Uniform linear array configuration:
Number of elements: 32
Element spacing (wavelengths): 0.25
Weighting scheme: hamming
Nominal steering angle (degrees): -30
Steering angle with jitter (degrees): -29.515
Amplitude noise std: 0.05
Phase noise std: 0.05

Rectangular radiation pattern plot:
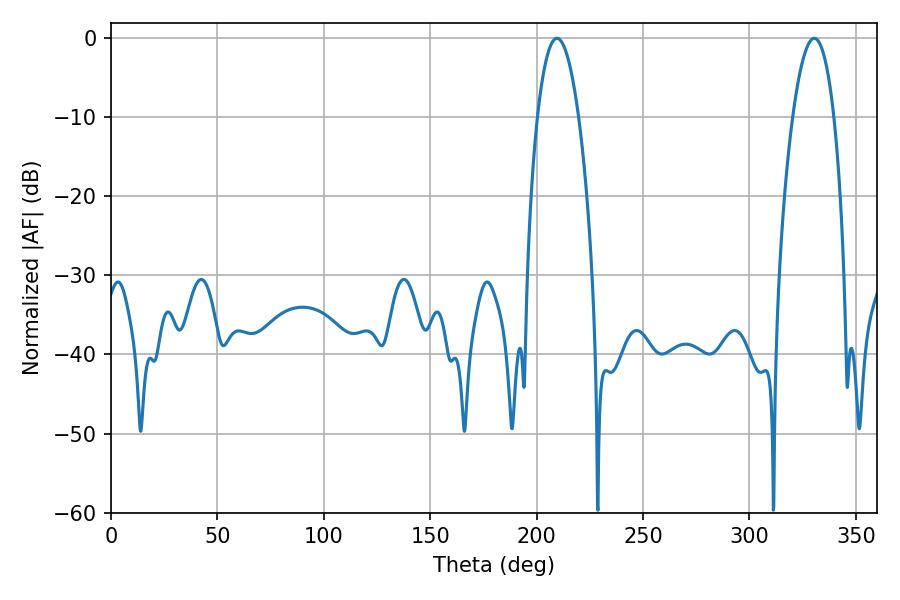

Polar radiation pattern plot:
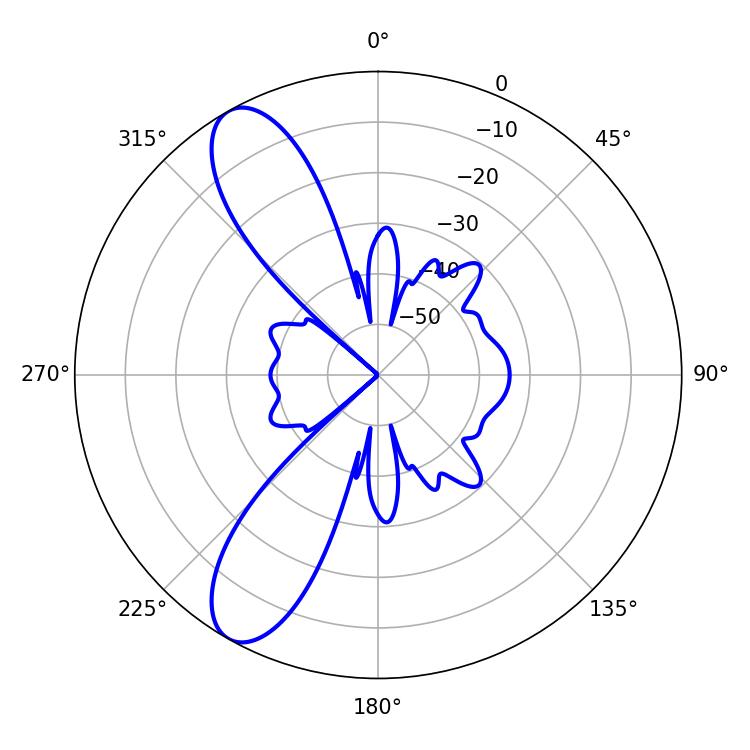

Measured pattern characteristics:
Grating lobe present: FALSE
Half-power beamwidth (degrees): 10.8
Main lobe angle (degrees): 209.52